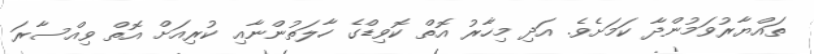
ތައްޔާރުވަމުންދާ ކަމަށެވެ. އަދި މިހާރު އޮތް ކޮވިޑްގެ ހާލަތުންނާއި ކުރިއަށް އޮތް ވިއްސާރަ